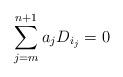
LaTeX: \begin{align*}\sum_{j=m}^{n+1}a_jD_{i_j}=0\end{align*}